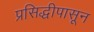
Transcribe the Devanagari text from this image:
प्रसिद्धीपासून